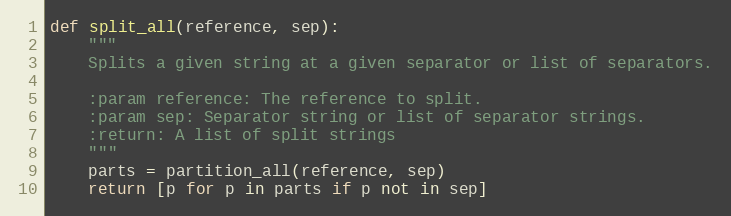
Language: Python
def split_all(reference, sep):
    """
    Splits a given string at a given separator or list of separators.

    :param reference: The reference to split.
    :param sep: Separator string or list of separator strings.
    :return: A list of split strings
    """
    parts = partition_all(reference, sep)
    return [p for p in parts if p not in sep]